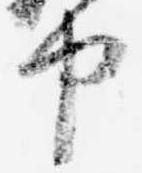
中